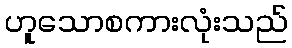
ဟူသောစကားလုံးသည်